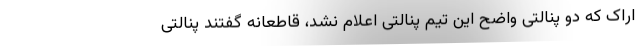
اراک که دو پنالتی واضح این تیم پنالتی اعلام نشد، قاطعانه گفتند پنالتی